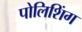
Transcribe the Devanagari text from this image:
पोलिशिंग